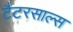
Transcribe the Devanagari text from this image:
टैटरसाल्स